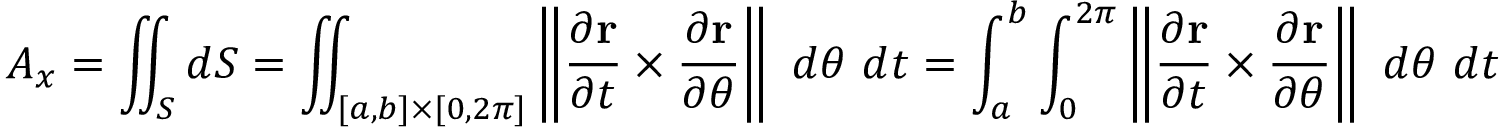
A _ { x } = \iint _ { S } d S = \iint _ { [ a , b ] \times [ 0 , 2 \pi ] } \left\| { \frac { \partial \mathbf { r } } { \partial t } } \times { \frac { \partial \mathbf { r } } { \partial \theta } } \right\| \ d \theta \ d t = \int _ { a } ^ { b } \int _ { 0 } ^ { 2 \pi } \left\| { \frac { \partial \mathbf { r } } { \partial t } } \times { \frac { \partial \mathbf { r } } { \partial \theta } } \right\| \ d \theta \ d t